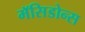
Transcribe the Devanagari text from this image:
मॅसिडोन्स